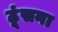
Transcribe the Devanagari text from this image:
ठूंसना